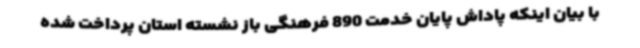
با بیان اینکه پاداش پایان خدمت 890 فرهنگی باز نشسته استان پرداخت شده